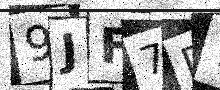
Text: 9JF7D7